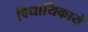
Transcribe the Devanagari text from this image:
विधायिकायें